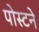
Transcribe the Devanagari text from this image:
पोस्टने